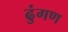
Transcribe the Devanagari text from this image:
ढुंगण